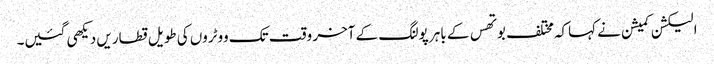
الیکشن کمیشن نے کہاکہ مختلف بوتھس کے باہر پولنگ کے آخر وقت تک ووٹروں کی طویل قطاریں دیکھی گئیں۔